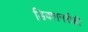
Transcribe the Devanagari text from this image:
डिक्शनरीही